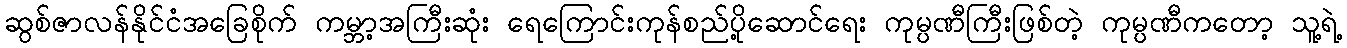
ဆွစ်ဇာလန်နိုင်ငံအခြေစိုက် ကမ္ဘာ့အကြီးဆုံး ရေကြောင်းကုန်စည်ပို့ဆောင်ရေး ကုမ္ပဏီကြီးဖြစ်တဲ့ ကုမ္ပဏီကတော့ သူ့ရဲ့